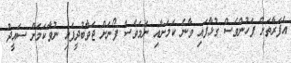
އެފަރާތަށް ފަހުންވެސް ގުޅާފައި ވާނެ ކަމަށާއި ނަމަވެސް ފޯނަށް ޖަވާބުދީފައި ނުވާކަމަށް ސައީދު